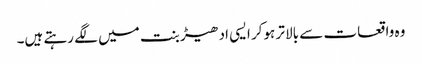
وہ واقعات سے بالا تر ہوکر ایسی ادھیڑ بنت میں لگے رہتے ہیں۔